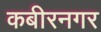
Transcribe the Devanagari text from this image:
कबीरनगर